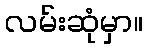
လမ်းဆုံမှာ။